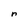
Character: n